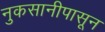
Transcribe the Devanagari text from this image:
नुकसानीपासून